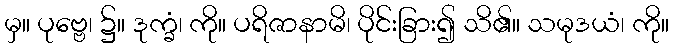
မှ။ ပုဗ္ဗေ၊ ၌။ ဒုက္ခံ၊ ကို။ ပရိဇာနာမိ၊ ပိုင်းခြား၍ သိ၏။ သမုဒယံ၊ ကို။